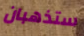
ستذهبان